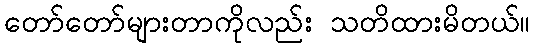
တော်တော်များတာကိုလည်း သတိထားမိတယ်။